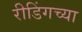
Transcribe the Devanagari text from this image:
रीडिंगच्या